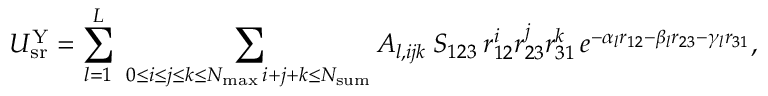
U _ { \mathrm { s r } } ^ { \mathrm { Y } } = \sum _ { l = 1 } ^ { L } \; \sum _ { \substack { 0 \le i \le j \le k \le N _ { \mathrm { m a x } } \, i + j + k \le N _ { \mathrm { s u m } } } } A _ { l , i j k } \: S _ { 1 2 3 } \: r _ { 1 2 } ^ { i } r _ { 2 3 } ^ { j } r _ { 3 1 } ^ { k } \, e ^ { - \alpha _ { l } r _ { 1 2 } - \beta _ { l } r _ { 2 3 } - \gamma _ { l } r _ { 3 1 } } ,